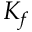
K _ { f }